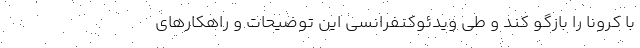
با کرونا را بازگو کند و طی ویدئوکنفرانسی این توضیحات و راهکارهای